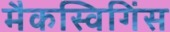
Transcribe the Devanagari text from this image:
मैकस्विगिंस